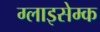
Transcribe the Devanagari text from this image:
ग्लाइसेम्क